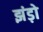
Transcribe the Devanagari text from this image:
झंड़ो